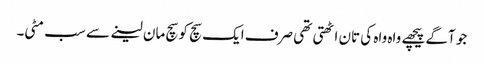
جو آگے پیچھے واہ واہ کی تان اٹھتی تھی صرف ایک سچ کو سچ مان لینے سے سب مٹی۔